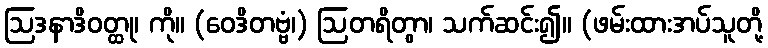
ဩဒနာဒိဝတ္ထု၊ ကို။ (ဝေဒိတဗ္ဗံ၊) ဩတရိတွာ၊ သက်ဆင်း၍။ (ဖမ်းထားအပ်သူတို့